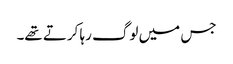
جس میں لوگ رہا کرتے تھے۔